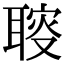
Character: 𦖪